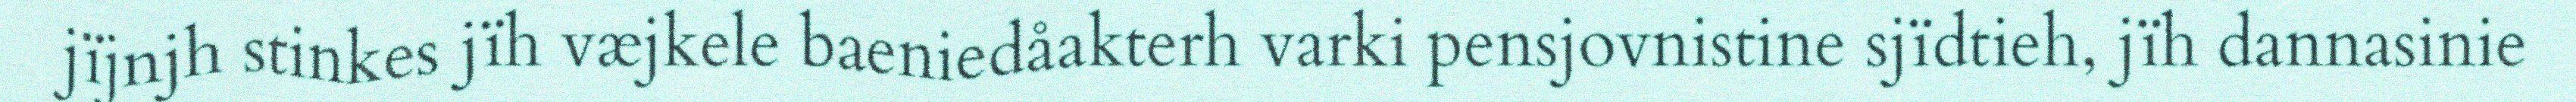
jïjnjh stinkes jïh væjkele baeniedåakterh varki pensjovnistine sjïdtieh, jïh dannasinie